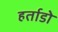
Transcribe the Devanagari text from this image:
हर्ताडो